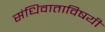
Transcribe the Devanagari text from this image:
संधिवाताविषयी